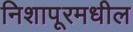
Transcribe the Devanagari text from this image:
निशापूरमधील